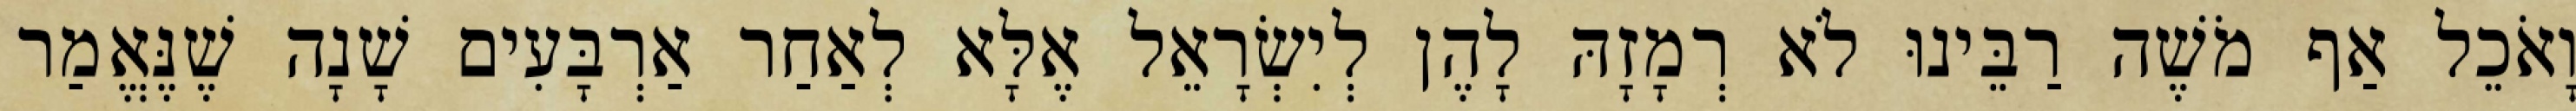
וָאֹכֵל אַף מֹשֶׁה רַבֵּינוּ לֹא רְמָזָהּ לָהֶן לְיִשְׂרָאֵל אֶלָּא לְאַחַר אַרְבָּעִים שָׁנָה שֶׁנֶּאֱמַר